system: You are a helpful assistant.
user:
Analyze the provided spectrum to determine if it is a **M-type Giant (gM)**.

A M-type Giant spectrum is defined by its **strong molecular absorption** features, particularly from **Titanium Oxide (TiO)**. You must check for one of the following mutually exclusive signatures:

- **Key Visual Indicators (Absorption-Dominated Spectrum):**

    - **(Primary):** The spectrum is dominated by strong molecular absorption from **Titanium Oxide (TiO)**. This is the **defining feature** of its M-type temperature class.
        - **(Key Bandheads):** Look for sharp, "saw-tooth" absorption valleys. The strongest are located near **~7050 Å**, **~6160 Å**, and **~5170 Å**.
        - **(Line Profile):** The "saw-tooth" morphology is critical: a **sharp, steep drop on the BLUE (short-wavelength) side** of the bandhead, followed by a gradual recovery (rising flux) towards the RED (long-wavelength) side.

    - **(Key Confirmation - Giant vs. Dwarf):** **ABSENCE** of strong **Calcium Hydride (CaH)** molecular bands. This is the primary diagnostic for *excluding* M-dwarfs.
        - **(Key Region):** The spectrum should lack the strong, broad absorption band seen in dwarfs between **~6800 Å and ~7000 Å**.

    - **(Secondary Confirmation - Giant):** A very strong and broad **Neutral Calcium (Ca I)** atomic absorption line.
        - **(Key Line):** Located at **~4226 Å**. In a giant (gM), this line is significantly deeper and broader than the same line in an M-dwarf (dM) due to low surface gravity.

    - **(Overall Spectrum):**
        - The continuum is **extremely red-sloping** (i.e., flux is very low in the blue and rises dramatically towards the red).
        - The entire spectrum appears "chopped up" by the deep TiO bands.

Think first, call **spectral_visualization_tool** if needed to examine features in detail, then provide your final answer. Your response must adhere to the following strict rules:
1.  **Overall Structure:** Your response must follow the format `<think>...</think> <tool_call>...</tool_call> (if a tool is used) <answer>...</answer>`.
2.  **Tool Usage Constraint:** You may only make **one** tool call per turn.
3.  **Final Answer Format:** In the `<answer>` tag, your conclusion must be inside a `\boxed{}` command (e.g., `\boxed{YES}` or `\boxed{NO}`), followed by your justification.

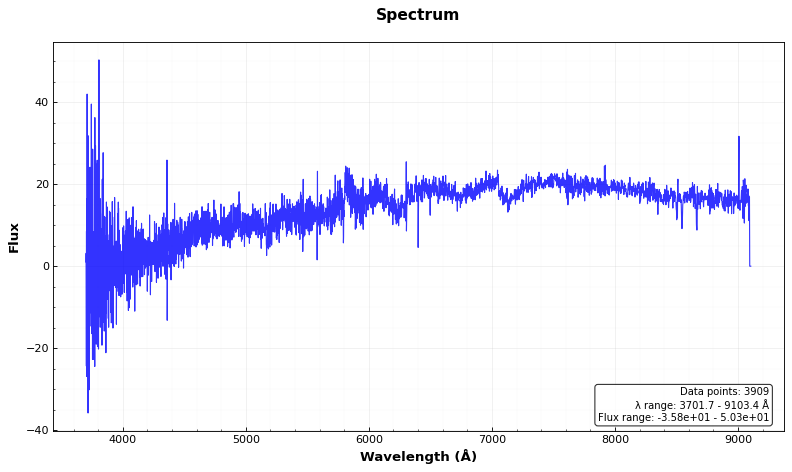
Answer: YES